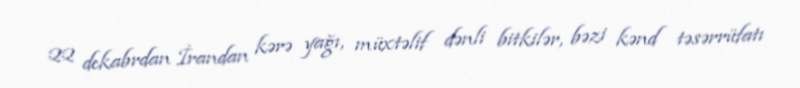
22 dekabrdan İrandan kərə yağı, müxtəlif dənli bitkilər, bəzi kənd təsərrüfatı